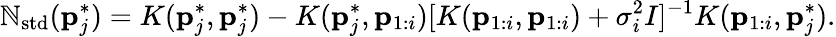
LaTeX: \mathbb{N}_{\mathrm{{std}}}(\mathbf{{p}}_{j}^{*})=K(\mathbf{{p}}_{j}^{*},\mathbf{{p}}_{j}^{*})-K(\mathbf{{p}}_{j}^{*},\mathbf{{p}}_{1:i})[K(\mathbf{{p}}_{1:i},\mathbf{{p}}_{1:i})+\sigma_{i}^{2}I]^{-1}K(\mathbf{{p}}_{1:i},\mathbf{{p}}_{j}^{*}).